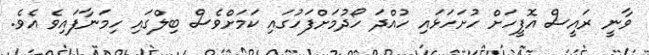
ވާނީ ރައީސް އޮފީހަށް ހުށަހަޅައި ހުއްދަ ހޯދުމަށްފަހުގައި ކަމަށްވެސް ބިލްގައި ހިމަނާފައިވެ އެވެ.